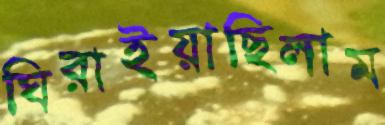
ঘিরাইয়াছিলাম